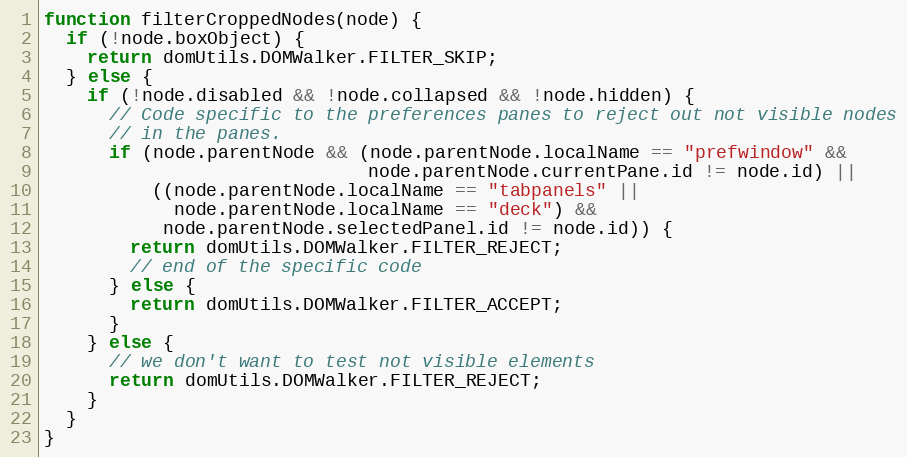
Language: JavaScript
function filterCroppedNodes(node) {
  if (!node.boxObject) {
    return domUtils.DOMWalker.FILTER_SKIP;
  } else {
    if (!node.disabled && !node.collapsed && !node.hidden) {
      // Code specific to the preferences panes to reject out not visible nodes
      // in the panes.
      if (node.parentNode && (node.parentNode.localName == "prefwindow" &&
                              node.parentNode.currentPane.id != node.id) ||
          ((node.parentNode.localName == "tabpanels" ||
            node.parentNode.localName == "deck") &&
           node.parentNode.selectedPanel.id != node.id)) {
        return domUtils.DOMWalker.FILTER_REJECT;
        // end of the specific code
      } else {
        return domUtils.DOMWalker.FILTER_ACCEPT;
      }
    } else {
      // we don't want to test not visible elements
      return domUtils.DOMWalker.FILTER_REJECT;
    }
  }
}